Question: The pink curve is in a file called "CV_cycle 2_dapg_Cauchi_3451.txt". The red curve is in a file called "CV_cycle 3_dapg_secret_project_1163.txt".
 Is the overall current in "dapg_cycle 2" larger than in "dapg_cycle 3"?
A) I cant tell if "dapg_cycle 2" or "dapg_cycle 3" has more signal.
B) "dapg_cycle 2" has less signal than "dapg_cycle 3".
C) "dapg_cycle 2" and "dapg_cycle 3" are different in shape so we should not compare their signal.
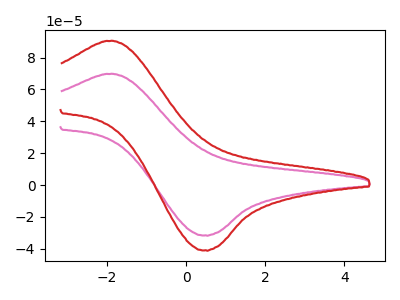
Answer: <think>The pink curve "dapg_cycle 2" has an anodic peak at (-1.85V, 69.80uA) and a cathodic peak at (0.50V, -31.55uA). The red curve "dapg_cycle 3" has an anodic peak at (-1.85V, 90.50uA) and a cathodic peak at (0.50V, -40.90uA).
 All the peaks in "dapg_cycle 2" have a peak in "dapg_cycle 3" at the same potential. Every peak in "dapg_cycle 2" is lower than every peak in "dapg_cycle 3".</think>
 <answer>B) "dapg_cycle 2" has less signal than "dapg_cycle 3".</answer>
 <eval>B</eval>